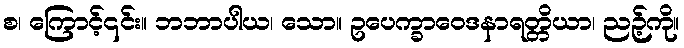
စ၊ ကြောင့်၎င်း။ ဘဘာပါယ၊ သော။ ဥပေက္ခာဝေဒနာရတ္တိယာ၊ ညဉ့်ကို။